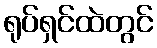
ရုပ်ရှင်ထဲတွင်